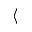
\langle